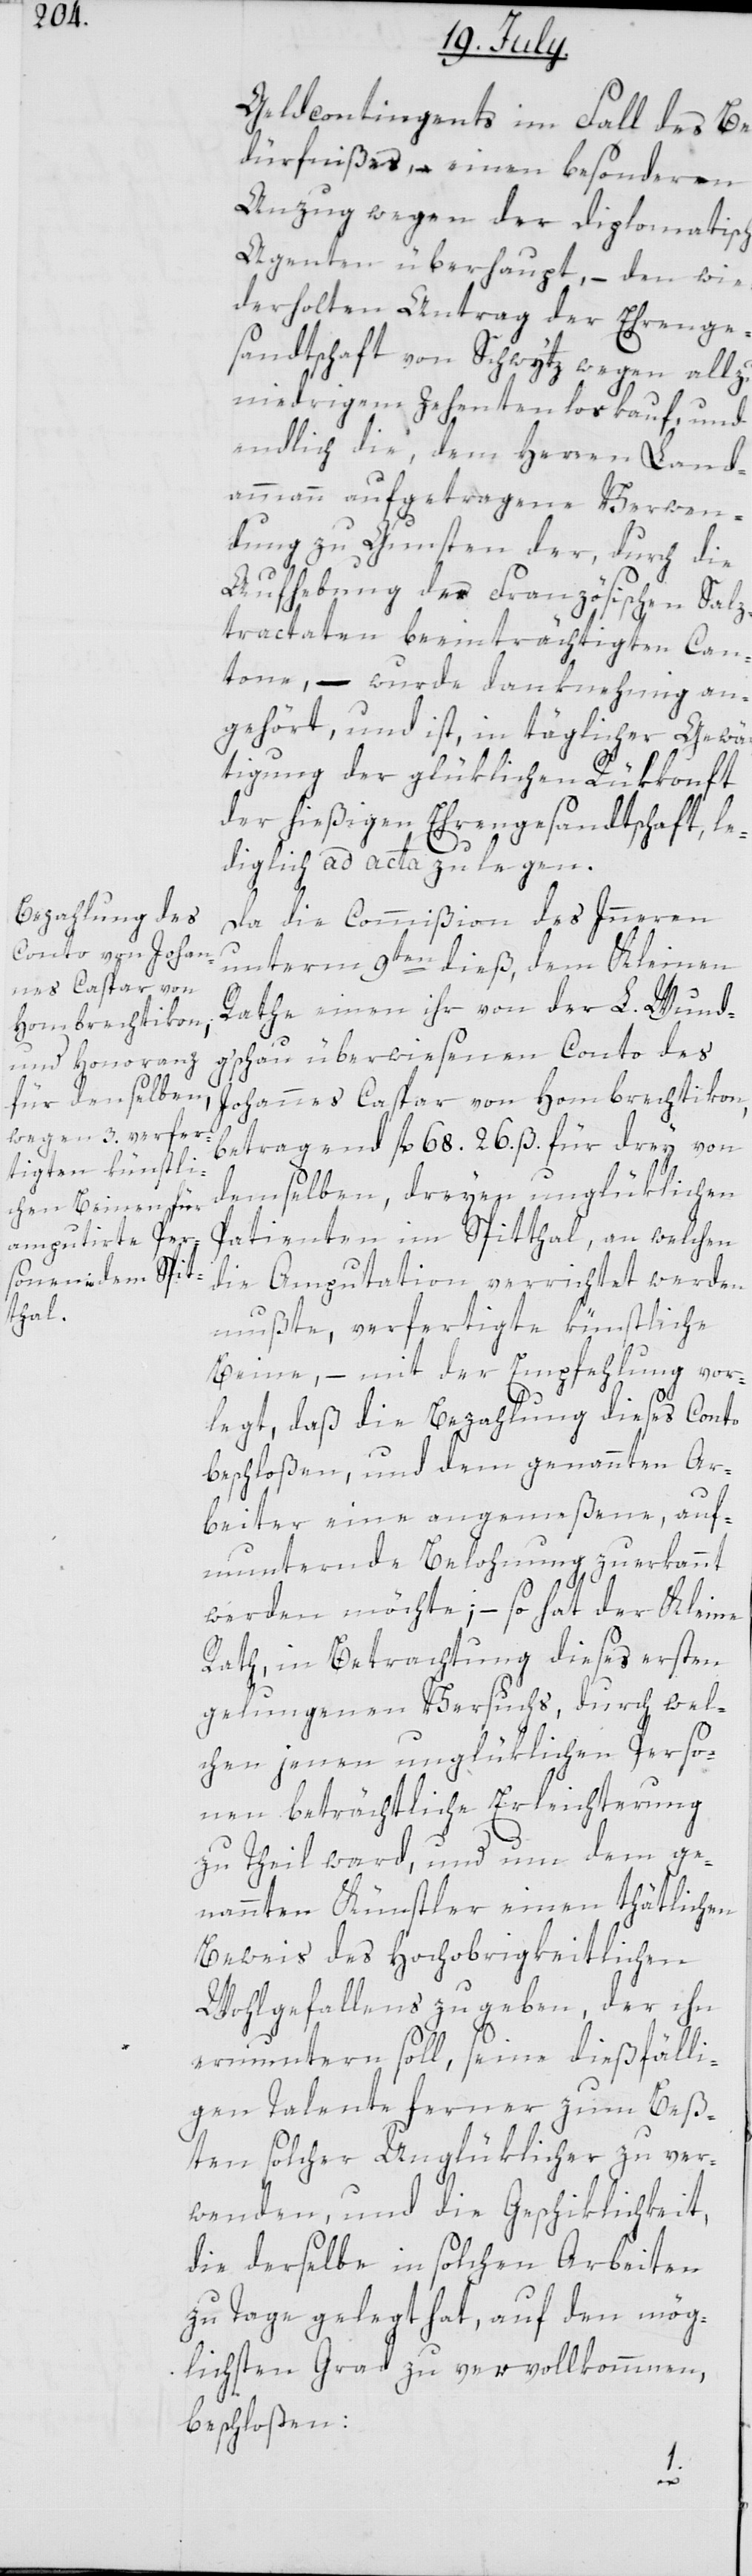
Geldcontingents im Fall des Be¬
dürfnißes, – einen besonderen
Anzug wegen der diplomatisch¬
Agenten überhaupt, – den wie¬
derholten Antrag der Ehrenge¬
sandtschaft von Schwytz wegen allzu
niedrigem Zehentenloskauf, und
endlich die, dem Herren Land¬
ammann aufgetragene Verwen¬
dung zu Gunsten der, durch die
Aufhebung des Französischen Salz¬
tractaten beeinträchtigten Can¬
tone, – wurde danknehmig an¬
gehört, und ist, in täglicher Gewär¬
tigung der glüklichen Rükkonft
der hießigen Ehrengesandtschaft, le¬
diglich ad acta zu legen.
Da die Commißion des Innern
unterm 9ten dieß, dem Kleinen
Rathe einen ihr von der L. Wund¬
gschau überwiesenen Conto des
Johannes Caspar von Hombrechtikon,
betragend fl. 68. 26. ß. für drey von
demselben, dreyen unglüklichen
Patienten im Spitthal, an welchen
die Amputation errichtet werden
mußte, verfertigte künstliche
Beine, – mit der Empfehlung vor¬
legt, daß die Bezahlung dieses Conto
beschloßen, und dem genannten Ar¬
beiter eine angemeßene, auf¬
munternde Belohnung zuerkannt
werden möchte; – so hat der Kleine
Rath, in Betrachtung dieses ersten
gelungenen Versuchs, durch wel¬
chen jenen unglüklichen Perso¬
nen beträchtliche Erleichterung
zu Theil ward, und um dem ge¬
nannten Künstler einen thätlichen
Beweis des Hochobrigkeitlichen
Wohlgefallens zu geben, der ihn
ermuntern soll, seine dießfälli¬
gen Talente ferner zum Beß¬
ten solcher Unglüklicher zu ver¬
wenden, und die Geschiklichkeit,
die derselbe in solchen Arbeiten
zutage gelegt hat, auf den mög¬
lichsten Grad zu vervollkommnen,
beschloßen:
en